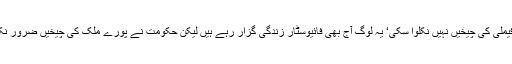
حکومت شریف اور زرداری فیملی کی چیخیں نہیں نکلوا سکی‘ یہ لوگ آج بھی فائیوسٹار زندگی گزار رہے ہیں لیکن حکومت نے پورے ملک کی چیخیں ضرور نکلوا دی ہیں‘ یہ کیا ہو رہا ہے؟